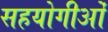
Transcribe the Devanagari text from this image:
सहयोगीओं